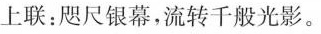
上联：咫尺银幕，流转千般光影。